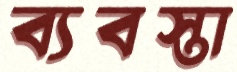
ব্যবস্তা